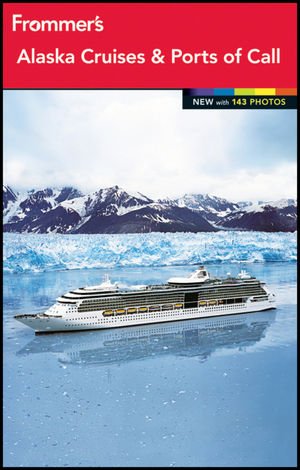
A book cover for Frommer's Alaska Cruises and Ports of Call (Frommer's Color Complete); Fran Wenograd Golden; Travel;